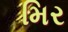
મિર